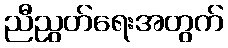
ညီညွတ်ရေးအတွက်